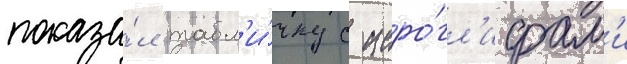
показа́л табл'и́чку с иеро́гл'ифам'и